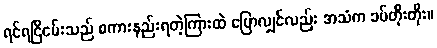
ရင်ရင်ြိငမ်းသည် စကားနည်းရတဲ့ကြားထဲ ပြောလျှင်လည်း အသံက ခပ်တိုးတိုး။